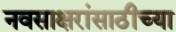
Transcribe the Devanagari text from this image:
नवसाक्षरांसाठीच्या